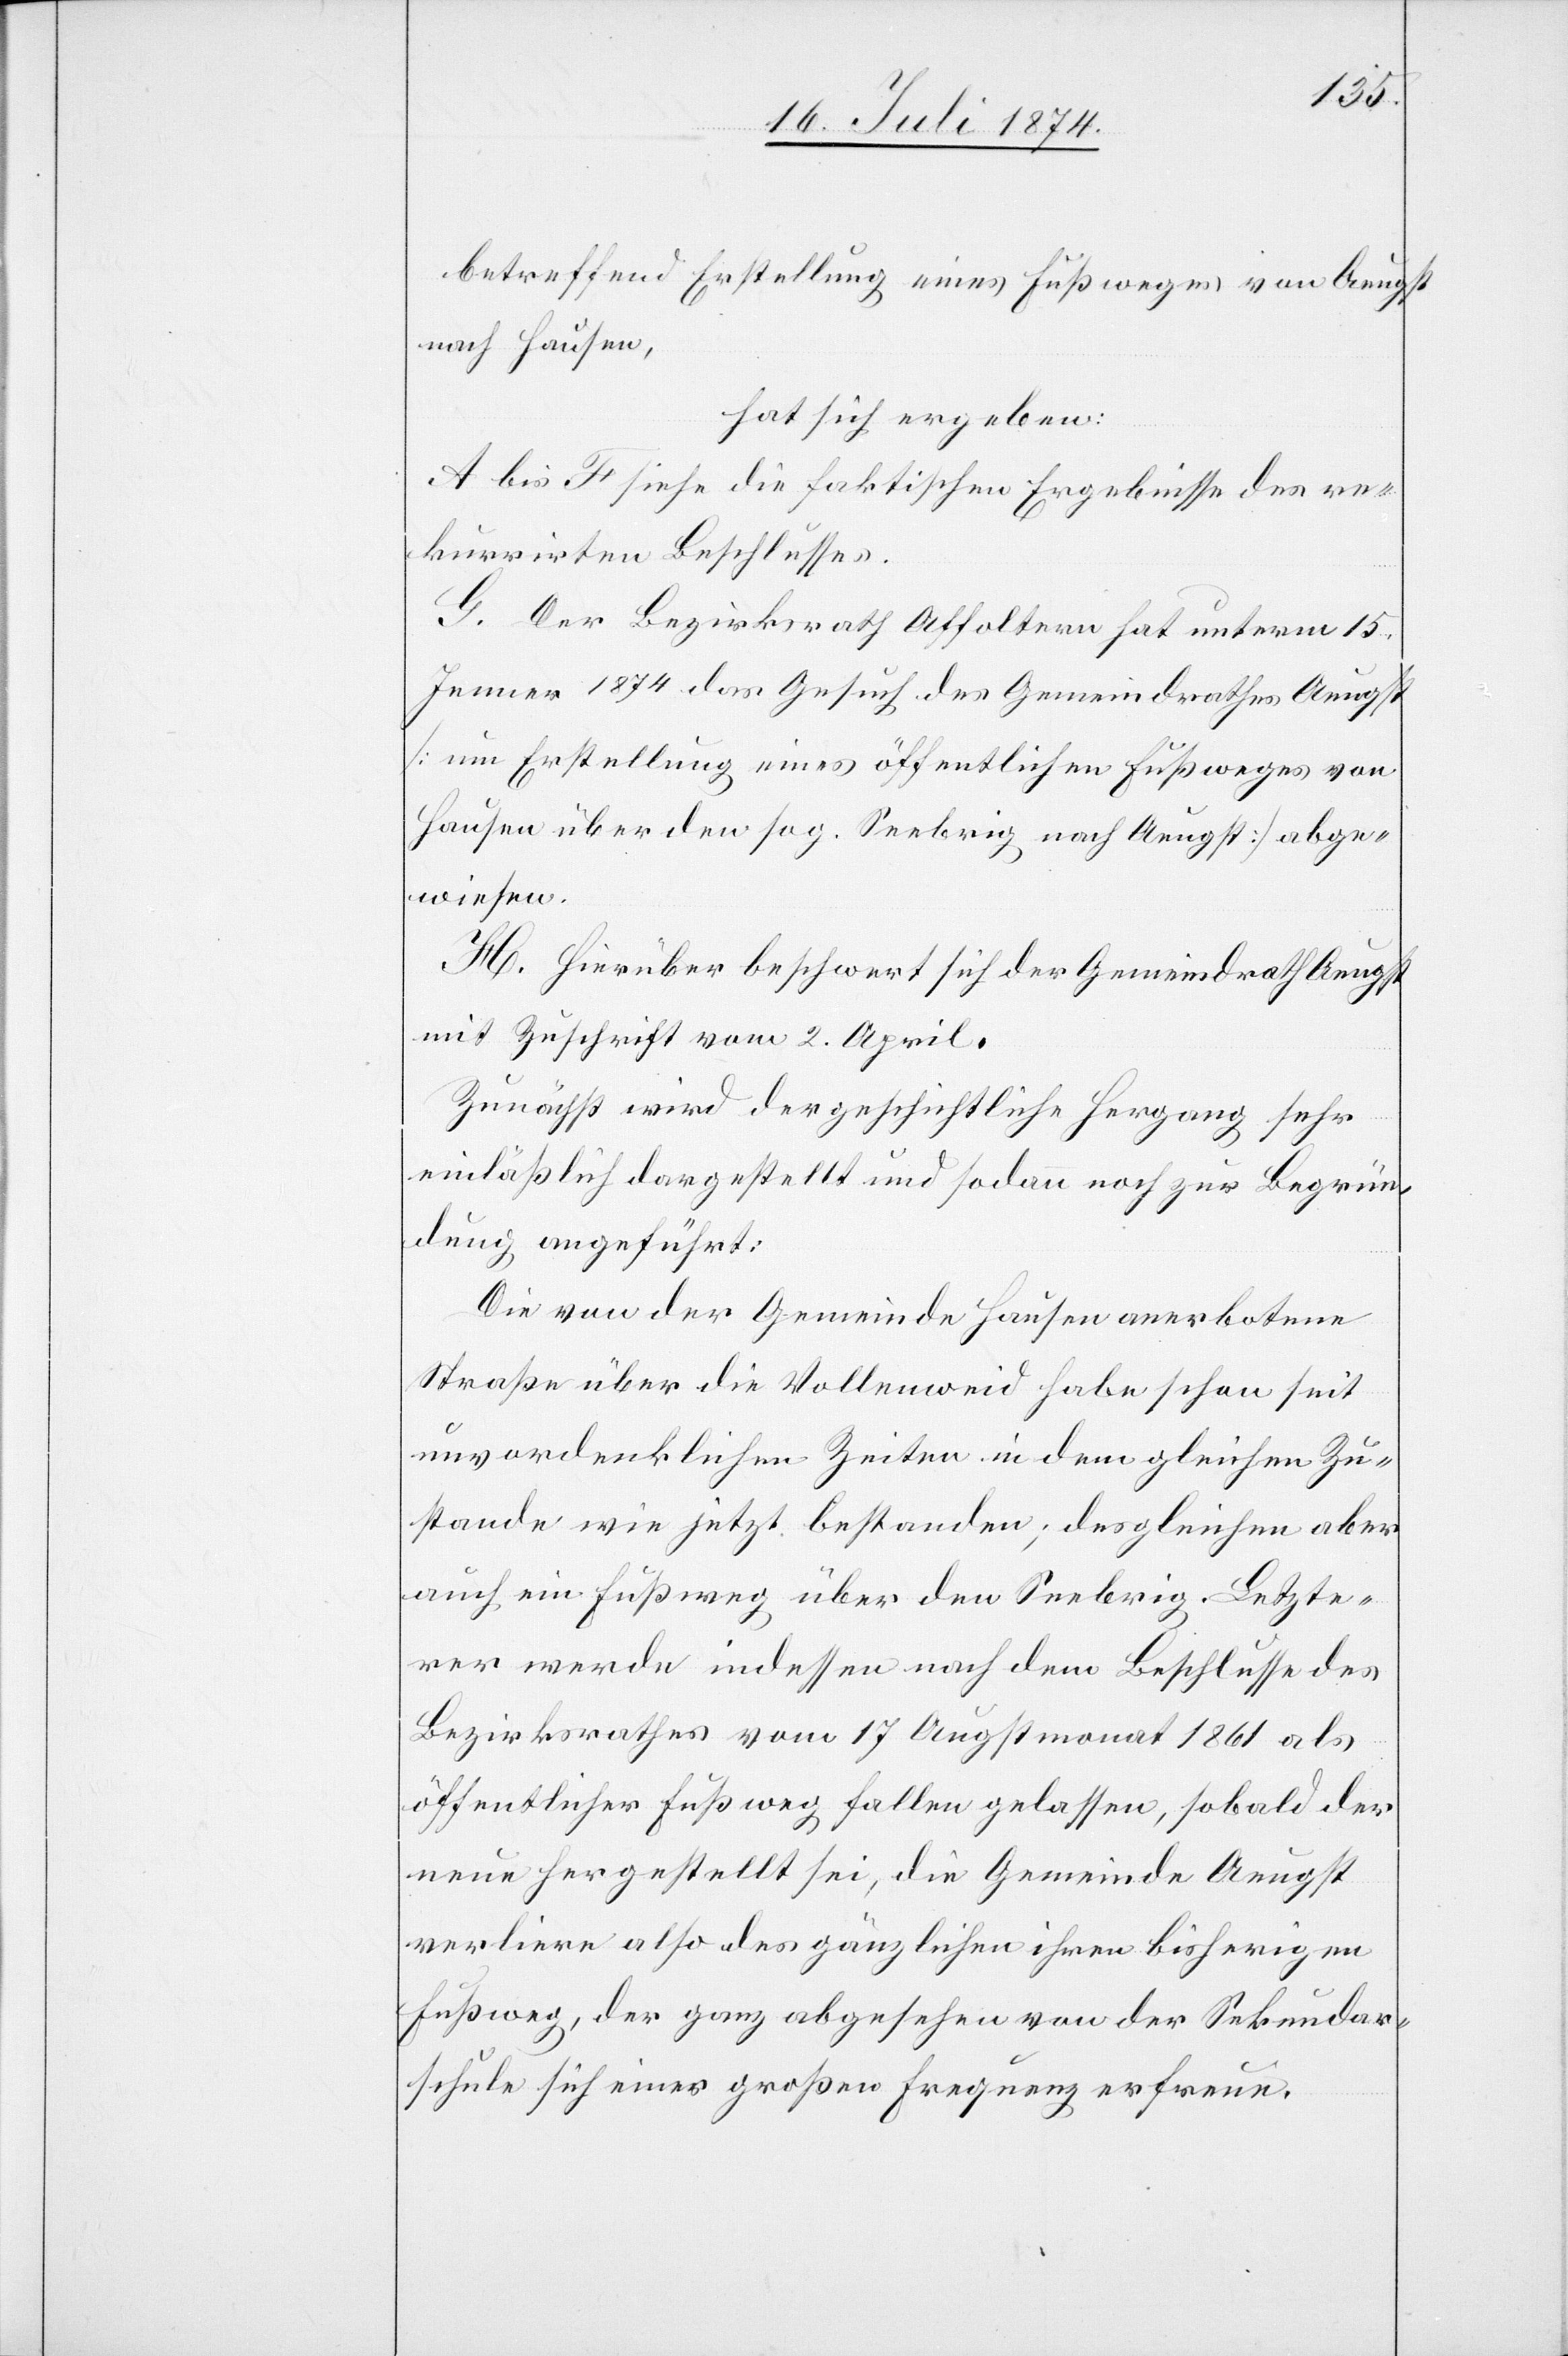
betreffend Erstellung eines Fußweges von Aeugst
nach Hausen,
hat sich ergeben:
A. bis F. siehe die faktischen Ergebnisse des re¬
kurrirten Beschlusses.
G. Der Bezirksrath Affoltern hat unterm 15.
Jenner 1874 das Gesuch des Gemeindrathes Aeugst
[um Erstellung eines öffentlichen Fußweges von
Hausen über den sog. Seebrig nach Aeugst] abge¬
wiesen.
H. Hierüber beschwert sich der Gemeindrath Aeugst
mit Zuschrift vom 2. April.
Zunächst wird der geschichtliche Hergang sehr
einläßlich dargestellt und sodann noch zur Begrün¬
dung angeführt:
Die von der Gemeinde Hausen anerbotene
Straße über die Vollenweid habe schon seit
unvordenklichen Zeiten in dem gleichen Zu¬
stande wie jetzt bestanden; desgleichen aber
auch ein Fußweg über den Seebrig. Letzte¬
rer werde indessen nach dem Beschlusse des
Bezirksrathes vom 17. Augstmonat 1861 als
öffentlicher Fußweg fallen gelassen, sobald der
neue hergestellt sei, die Gemeinde Aeugst
verliere also des gänzlichen ihren bisherigen
Fußweg, der ganz abgesehen von der Sekundar¬
schule sich einer großen Frequenz erfreue.